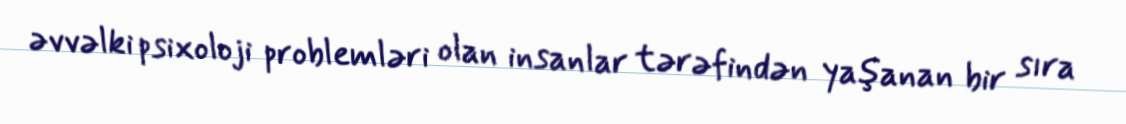
əvvəlki psixoloji problemləri olan insanlar tərəfindən yaşanan bir sıra